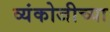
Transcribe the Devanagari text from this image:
व्यंकोजीच्या